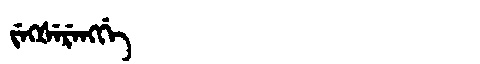
Manchu: ᠵᡝᡴᡧᡝᡵᡝᠩᡤᡝ
Romanization: JEKŠERENGGE